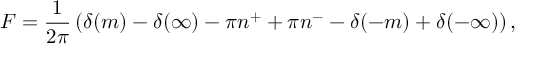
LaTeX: F = \frac { 1 } { 2 \pi } \left( \delta ( m ) - \delta ( \infty ) - \pi n ^ { + } + \pi n ^ { - } - \delta ( - m ) + \delta ( - \infty ) \right) ,